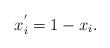
LaTeX: \begin{align*}x_i^{'}=1-x_i.\end{align*}